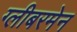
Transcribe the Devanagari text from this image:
ग्लीबरमेन